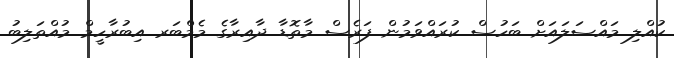
ކުއްލި މައްސަލައަށް ބަހުސް ކުރައްވަމުން ފަރެސް މާތޮޑާ ދާއިރާގެ މެމްބަރ އިބުރާހީމް މުއްތަލިބު